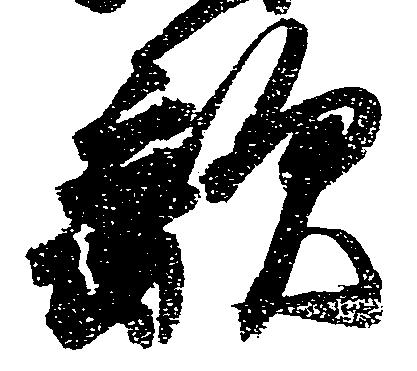
敵